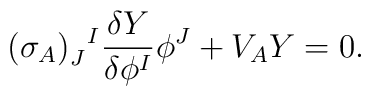
(\sigma_A)_J^{~~\!I} \frac{\delta Y}{\delta \phi^I} \phi^J + V_A Y = 0.